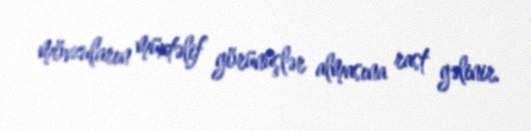
mövzuların müxtəlif görünüşlər almasına rast gəlinir.